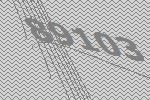
89103